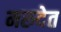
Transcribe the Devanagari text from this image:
मरुदेत